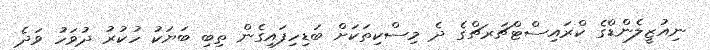
ނިއުޒީލެންޑްގެ ކްރައިސްޓްޗަރޗްގެ ދެ މިސްކިތަކަށް ބަޑިހިފައިގެން ތިބި ބަޔަކު ހުކުރު ދުވަހު ވަދެ